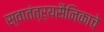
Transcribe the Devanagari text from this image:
स्वातंत्र्यसैनिकाचे